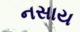
નસાય